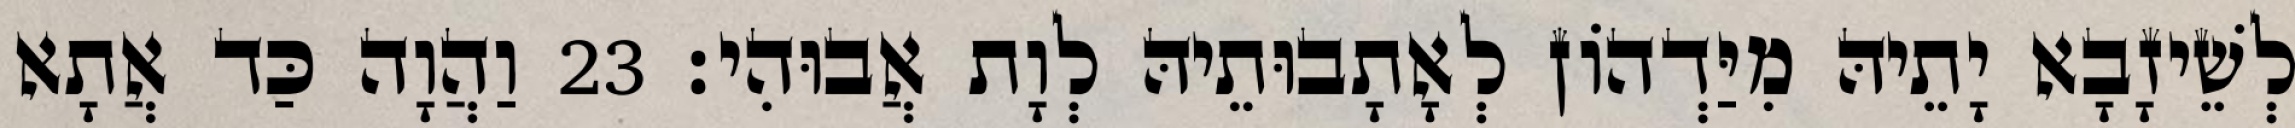
לְשֵׁיזָבָא יָתֵיהּ מִיַּדְהוֹן לְאָתָבוּתֵיהּ לְוָת אֲבוּהִי׃ 23 וַהֲוָה כַּד אֲתָא